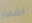
الشعار